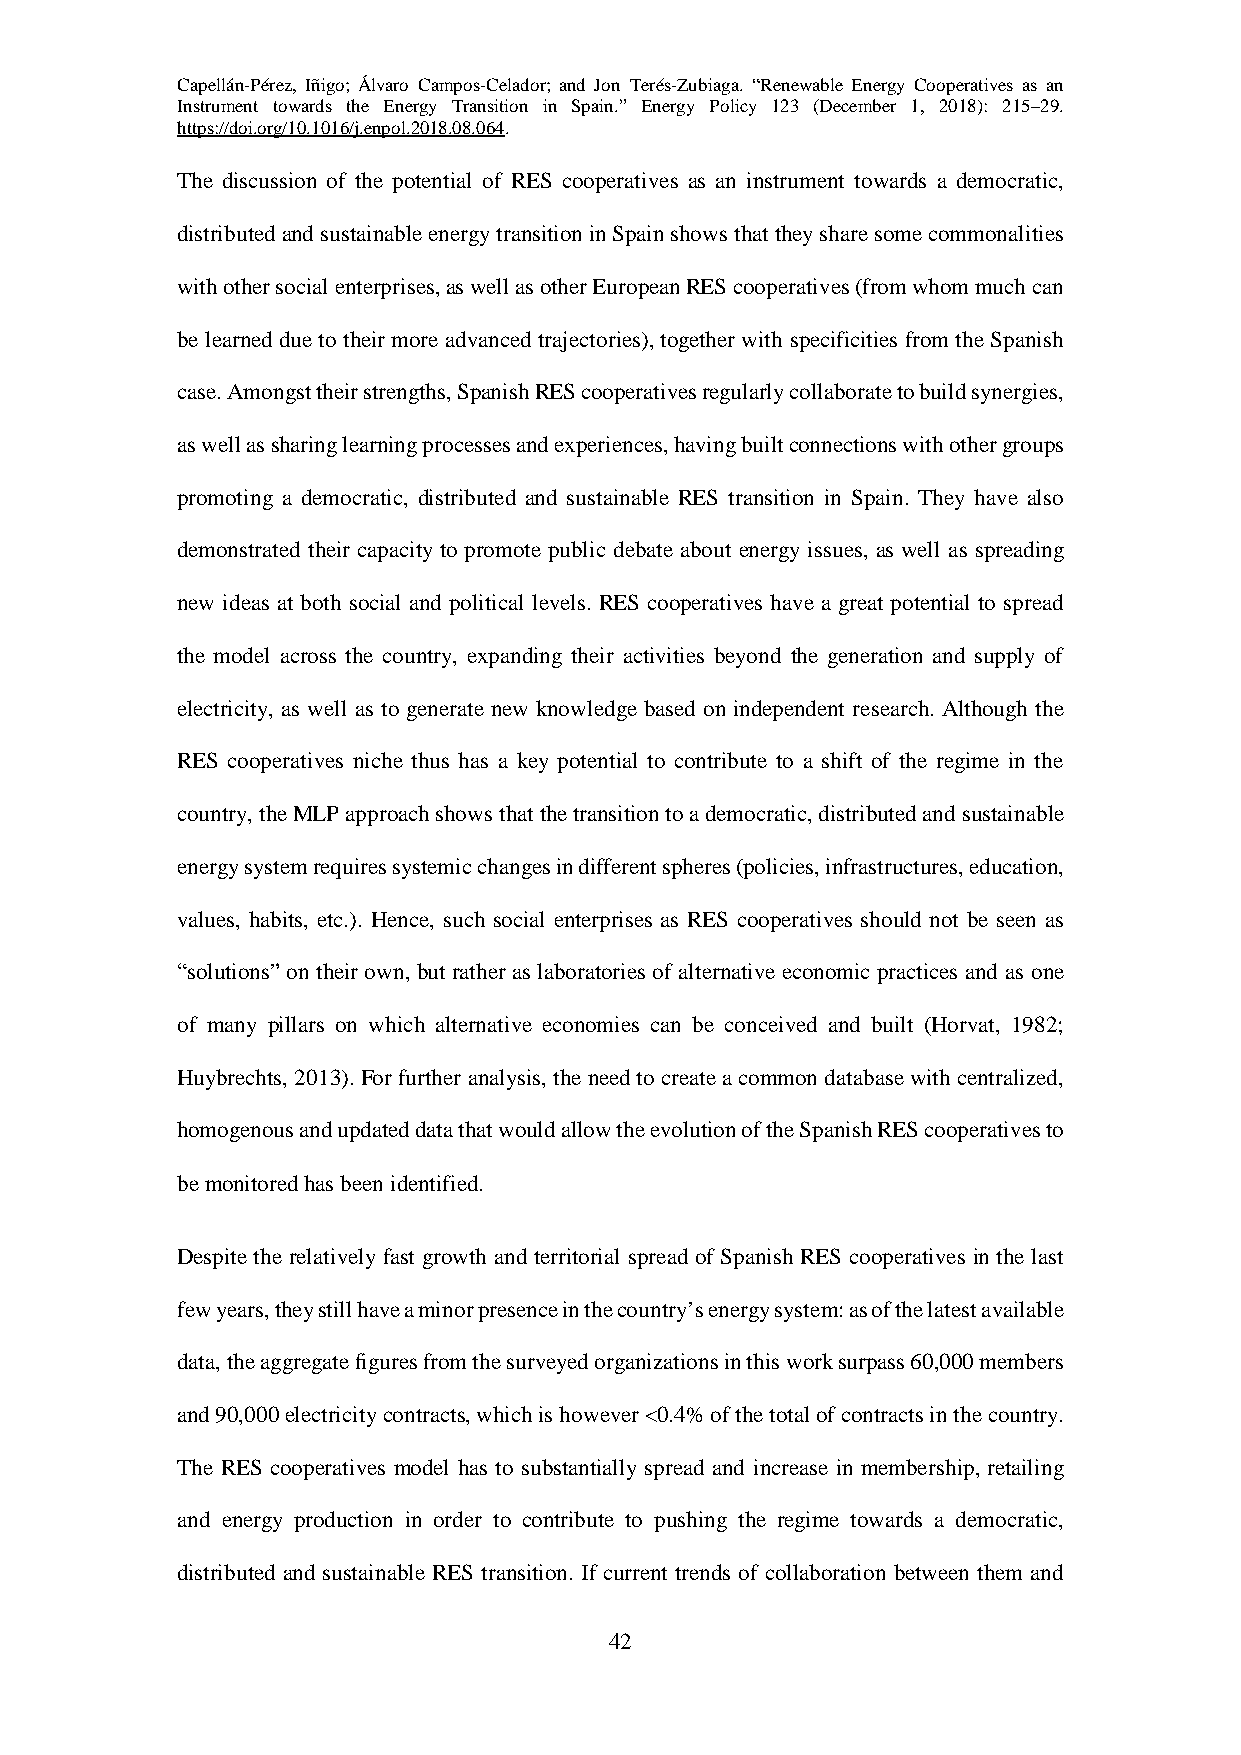
Capellán-Pérez, Iñigo; Álvaro Campos-Celador; and Jon Terés-Zubiaga. “Renewable Energy Cooperatives as an
 Instrument towards the Energy Transition in Spain.” Energy Policy 123 (December 1, 2018): 215–29.
 https://doi.org/10.1016/j.enpol.2018.08.064.
 The discussion of the potential of RES cooperatives as an instrument towards a democratic,
 distributed and sustainable energy transition in Spain shows that they share some commonalities
 with other social enterprises, as well as other European RES cooperatives (from whom much can
 be learned due to their more advanced trajectories), together with specificities from the Spanish
 case. Amongst their strengths, Spanish RES cooperatives regularly collaborate to build synergies,
 as well as sharing learning processes and experiences, having built connections with other groups
 promoting a democratic, distributed and sustainable RES transition in Spain. They have also
 demonstrated their capacity to promote public debate about energy issues, as well as spreading
 new ideas at both social and political levels. RES cooperatives have a great potential to spread
 the model across the country, expanding their activities beyond the generation and supply of
 electricity, as well as to generate new knowledge based on independent research. Although the
 RES cooperatives niche thus has a key potential to contribute to a shift of the regime in the
 country, the MLP approach shows that the transition to a democratic, distributed and sustainable
 energy system requires systemic changes in different spheres (policies, infrastructures, education,
 values, habits, etc.). Hence, such social enterprises as RES cooperatives should not be seen as
 “solutions” on their own, but rather as laboratories of alternative economic practices and as one
 of many pillars on which alternative economies can be conceived and built (Horvat, 1982;
 Huybrechts, 2013). For further analysis, the need to create a common database with centralized,
 homogenous and updated data that would allow the evolution of the Spanish RES cooperatives to
 be monitored has been identified.
 Despite the relatively fast growth and territorial spread of Spanish RES cooperatives in the last
 few years, they still have a minor presence in the country’s energy system: as of the latest available
 data, the aggregate figures from the surveyed organizations in this work surpass 60,000 members
 and 90,000 electricity contracts, which is however <0.4% of the total of contracts in the country.
 The RES cooperatives model has to substantially spread and increase in membership, retailing
 and energy production in order to contribute to pushing the regime towards a democratic,
 distributed and sustainable RES transition. If current trends of collaboration between them and
 42